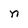
Character: n